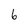
Character: 6